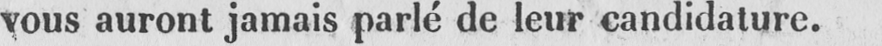
vous auront jamais parlé de leur candidature.